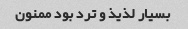
بسیار لذیذ و ترد بود ممنون